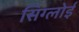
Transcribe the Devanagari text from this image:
सिग्लोई